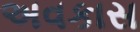
અવકાસ